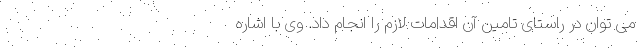
می توان در راستای تامین آن اقدامات لازم را انجام داد. وی با اشاره